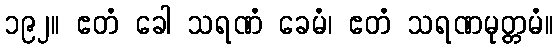
၁၉၂။ ဧတံ ခေါ သရဏံ ခေမံ၊ ဧတံ သရဏမုတ္တမံ။